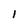
Character: l